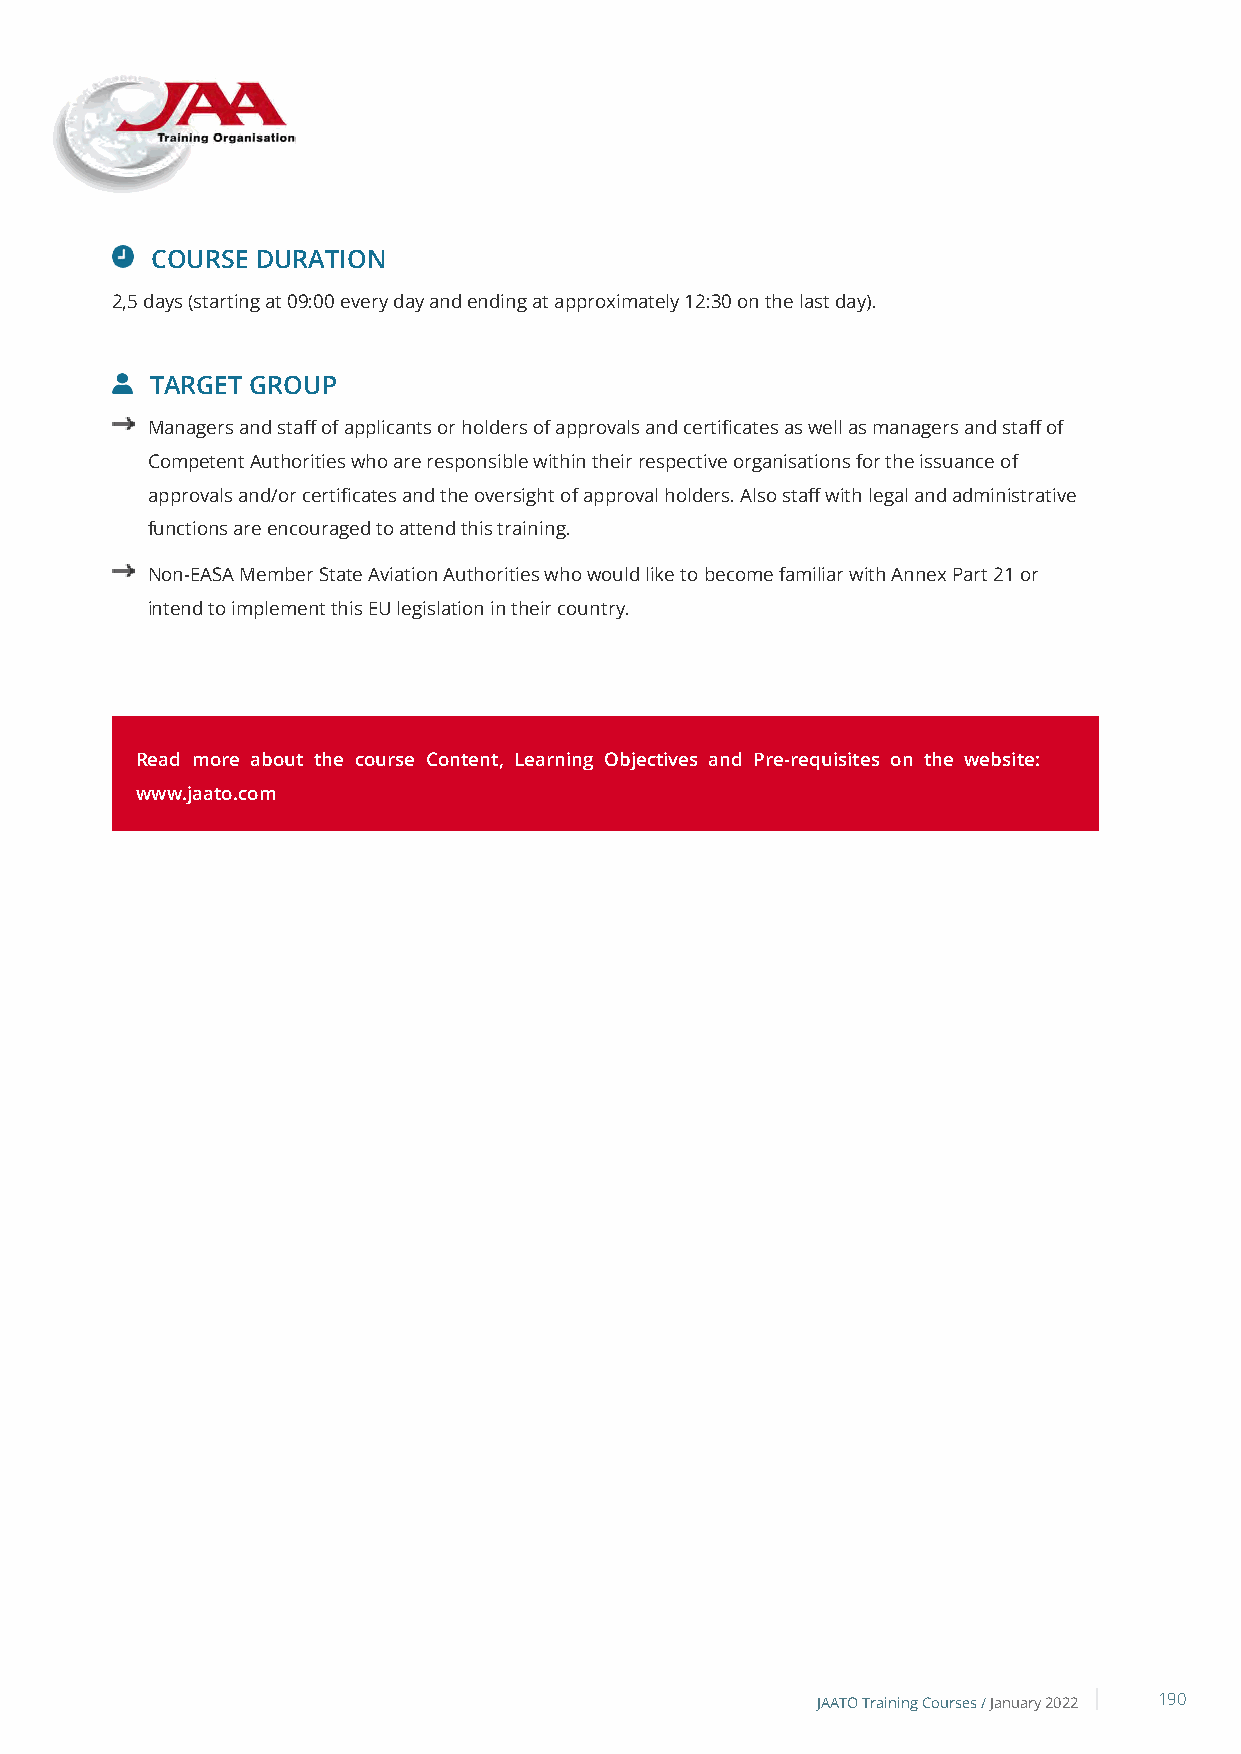
COURSE DURATION
 2,5 days (starting at 09:00 every day and ending at approximately 12:30 on the last day).
 TARGET GROUP
 Managers and staff of applicants or holders of approvals and certificates as well as managers and staff of
 Competent Authorities who are responsible within their respective organisations for the issuance of
 approvals and/or certificates and the oversight of approval holders. Also staff with legal and administrative
 functions are encouraged to attend this training.
 Non-EASA Member State Aviation Authorities who would like to become familiar with Annex Part 21 or
 intend to implement this EU legislation in their country.
 Read more about the course Content, Learning Objectives and Pre-requisites on the website:
 www.jaato.com
 JAATO Training Courses /January 2022 190